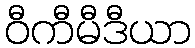
ဝီကီမီဒီယာ